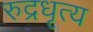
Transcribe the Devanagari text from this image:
रुद्रधृत्य